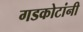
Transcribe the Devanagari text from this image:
गडकोटांनी